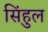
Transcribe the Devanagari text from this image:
सिंहुल